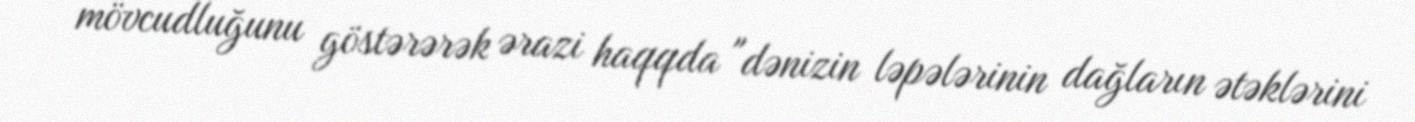
mövcudluğunu göstərərək ərazi haqqda "dənizin ləpələrinin dağların ətəklərini